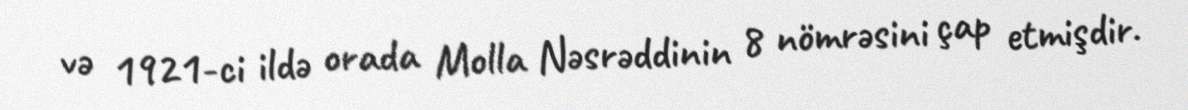
və 1921-ci ildə orada Molla Nəsrəddinin 8 nömrəsini çap etmişdir.